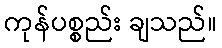
ကုန်ပစ္စည်း ချသည်။